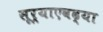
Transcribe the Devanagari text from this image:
सूर्याएवढ्या